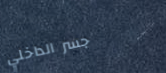
جسر الداخلي